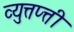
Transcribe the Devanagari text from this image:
व्युत्तप्त्ती